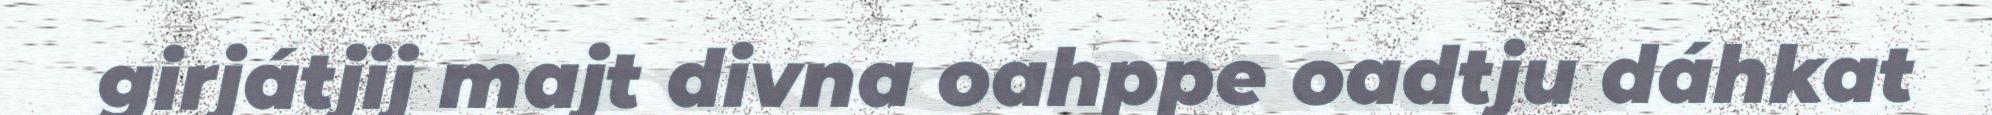
girjátjij majt divna oahppe oadtju dáhkat